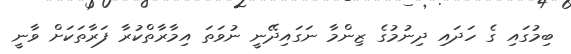
ބިމުގައި ގެ ހަދައި ދިނުމުގެ ޒިންމާ ނަގައިދޭނީ ނުވަތަ އިމާރާތްކުރާ ފަރާތަކަށް ވާނީ